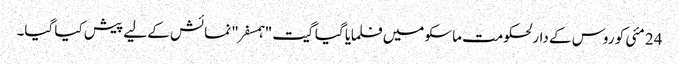
24 مئی کو روس کے دارلحکومت ماسکو میں فلمایا گیا گیت "ہمسفر" نمائش کے لیے پیش کیا گیا۔